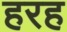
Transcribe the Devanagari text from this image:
हरह